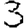
Digit: 3